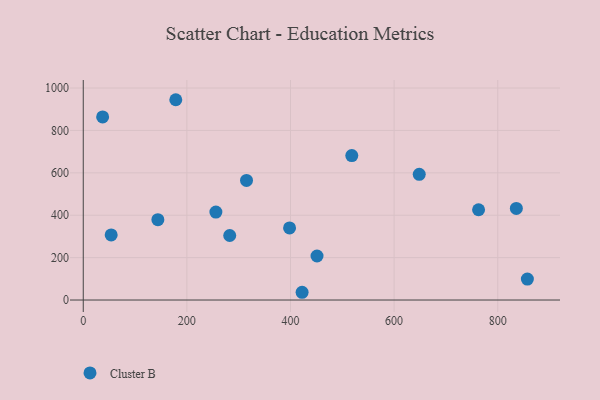
{"axis": {"x": "Distance", "y": "Salary"}, "legend": ["Cluster B"], "data": [{"x": "315.1", "y": 564.0, "type": "Cluster B"}, {"x": "37.4", "y": 863.8, "type": "Cluster B"}, {"x": "857.2", "y": 99.0, "type": "Cluster B"}, {"x": "144.0", "y": 378.9, "type": "Cluster B"}, {"x": "451.2", "y": 207.6, "type": "Cluster B"}, {"x": "53.9", "y": 307.1, "type": "Cluster B"}, {"x": "178.6", "y": 944.8, "type": "Cluster B"}, {"x": "763.0", "y": 425.9, "type": "Cluster B"}, {"x": "422.4", "y": 36.6, "type": "Cluster B"}, {"x": "282.7", "y": 304.5, "type": "Cluster B"}, {"x": "518.3", "y": 681.4, "type": "Cluster B"}, {"x": "398.2", "y": 340.0, "type": "Cluster B"}, {"x": "256.0", "y": 415.1, "type": "Cluster B"}, {"x": "835.9", "y": 432.1, "type": "Cluster B"}, {"x": "648.5", "y": 592.9, "type": "Cluster B"}]}